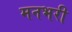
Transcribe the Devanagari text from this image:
मनभरी